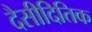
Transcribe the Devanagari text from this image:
दैसीदितिक